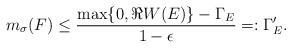
LaTeX: \begin{align*}m_\sigma(F) \leq \frac{\max \{ 0,\Re W(E)\} - \Gamma_E}{1-\epsilon}=: \Gamma_E'.\end{align*}